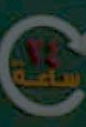
C